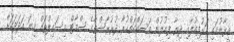
އީރާނުގައި ހަރުފިއުލާއި ދިޔާ ފިއުލުން މަސައްކަތްކުރާ ދުރުރާސްތާގެ ސްމާޓް މިސައިލްތައް ގިނަ އަދަދަކަށް